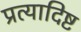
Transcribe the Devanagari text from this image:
प्रत्यादिष्ट